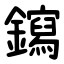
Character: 䥱